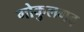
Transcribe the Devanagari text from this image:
गोकुलगढ़